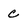
Character: c